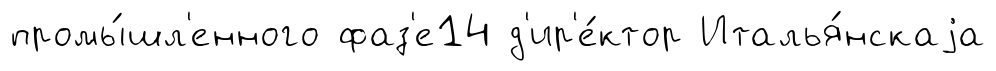
промы́шл'енного фаз'е14 д'ир'е́ктор Италья́нскаjа